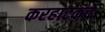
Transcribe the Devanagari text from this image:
करहाटकचे